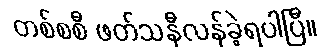
တစ်စစီ ဖတ်သနီလန်ခဲ့ရပါပြီ။